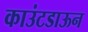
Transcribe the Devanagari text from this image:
काउंटडाऊन